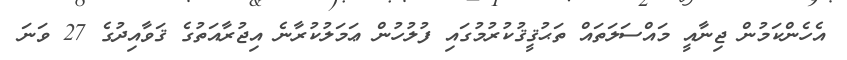
އެހެންކަމުން ޖިނާއީ މައްސަލަތައް ތަޙުޤީޤުކުރުމުގައި ފުލުހުން ޢަމަލުކުރާނެ އިޖުރާއަތުގެ ޤަވާއިދުގެ 27 ވަނަ